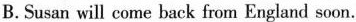
B.Susan will come back from England soon.